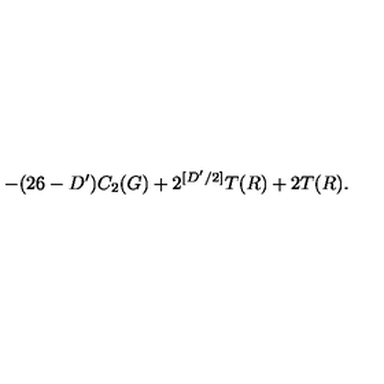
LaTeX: - ( 2 6 - D ^ { \prime } ) C _ { 2 } ( G ) + 2 ^ { [ D ^ { \prime } / 2 ] } T ( R ) + 2 T ( R ) .